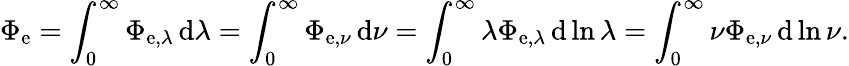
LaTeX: \Phi_{\mathrm{e}}=\int_{0}^{\infty}\Phi_{\mathrm{e},\lambda}\, \mathrm{d}\lambda=\int_{0}^{\infty}\Phi_{\mathrm{e},\nu}\, \mathrm{d}\nu=\int_{0}^{\infty}\lambda\Phi_{\mathrm{e},\lambda}\, \mathrm{d}\ln\lambda=\int_{0}^{\infty}\nu\Phi_{\mathrm{e},\nu}\, \mathrm{d}\ln\nu.